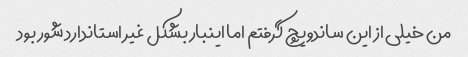
من خیلی از این ساندویچ گرفتم اما اینبار بشکل غیر استاندارد شور بود